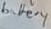
Text: battery